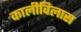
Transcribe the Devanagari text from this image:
कालीविलास